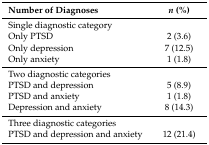
| Number of Diagnoses | n (%) |
 | --- | --- |
 | Single diagnostic category |  |
 | Only PTSD | 2 (3.6) |
 | Only depression | 7 (12.5) |
 | Only anxiety | 1 (1.8) |
 | Two diagnostic categories |  |
 | PTSD and depression | 5 (8.9) |
 | PTSD and anxiety | 1 (1.8) |
 | Depression and anxiety | 8 (14.3) |
 | Three diagnostic categories |  |
 | PTSD and depression and anxiety | 12 (21.4) |